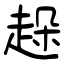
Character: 趓